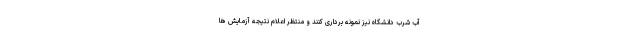
آب شرب دانشگاه نیز نمونه برداری کنند و منتظر اعلام نتیجه آزمایش ها